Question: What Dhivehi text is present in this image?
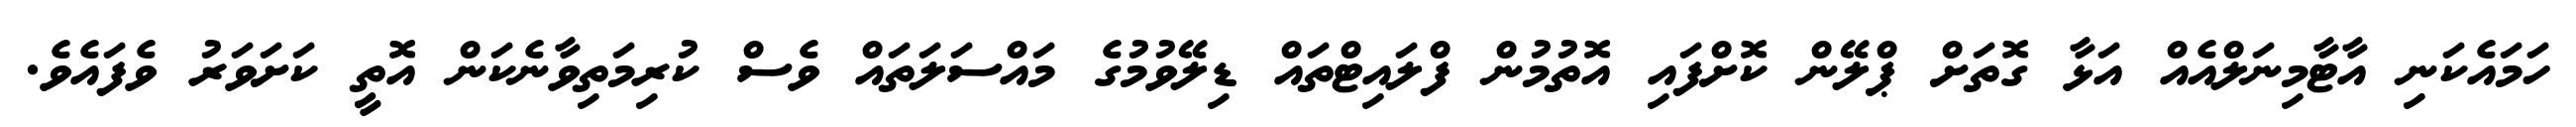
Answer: ހަމައެކަނި އާޓާމިނަލްއެއް އަޅާ ގޮތަށް ޕްލޭން ކޮށްފައި އޮތުމުން ފްލައިޓްތައް ޑިލޭވުމުގެ މައްސަލަތައް ވެސް ކުރިމަތިވާނެކަން އޮތީ ކަށަވަރު ވެފައެވެ.